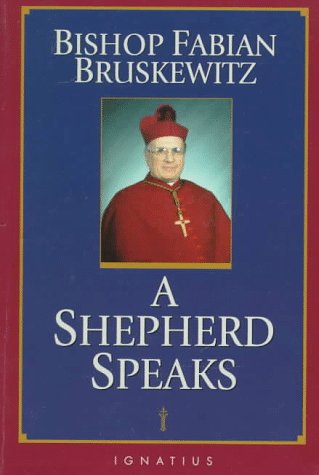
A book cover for A Shepherd Speaks; Fabian Bruskewitz; Christian Books & Bibles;